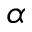
\alpha